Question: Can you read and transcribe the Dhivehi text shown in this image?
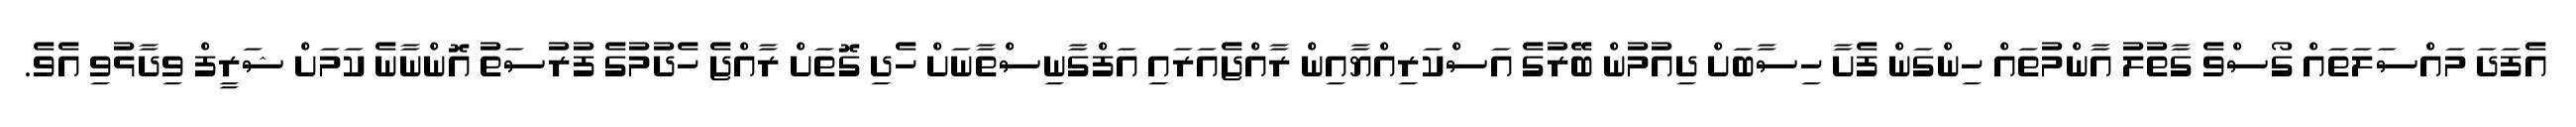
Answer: އެފަދަ މައްސަލަތައް ގޯސްވެ ގާތުލު އާންމުތައް ހިންގަން ފެށާ ހިސާބަށް ދިއުމުން ބޭރުގެ އަސްކަރިއްޔާއިން ރާއްޖެއަރައި އަފްގާނިސްތާނަށް ހެދި ގޮތަށް ރާއްޖެ ހެދުމުގެ ފުރުސަތު އޮންނާނެ ކަމަށް ޝަރީފް ވިދާޅުވި އެވެ.